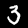
Digit: 3